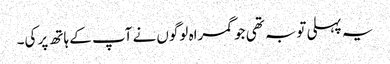
یہ پہلی توبہ تھی جو گمراہ لوگوں نے آپ کے ہاتھ پر کی۔